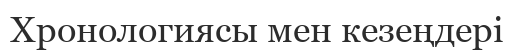
Хронологиясы мен кезеңдері